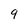
Character: 9